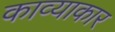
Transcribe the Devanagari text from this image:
काव्याकार